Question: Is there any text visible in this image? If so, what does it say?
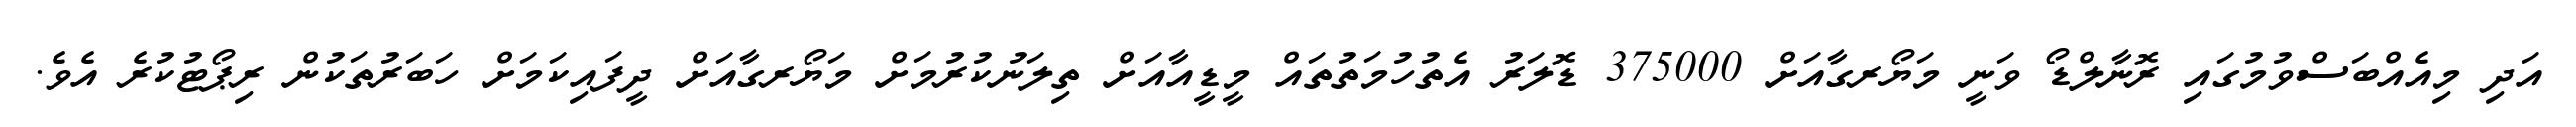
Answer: އަދި މިއެއްބަސްވުމުގައި ރޮނާލްޑޯ ވަނީ މަޔޯރގާއަށް 375000 ޑޮލަރު އެތުހުމަތުތައް މީޑީއާއަށް ތިލަނުކުރުމަށް މަޔޯރގާއަށް ދީފައިކަމަށް ހަބަރުތަކުން ރިޕޯޓުކުރެ އެވެ.